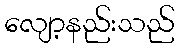
လျော့နည်းသည်